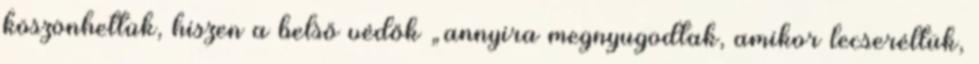
köszönhettük, hiszen a belső védők „annyira megnyugodtak, amikor lecseréltük,